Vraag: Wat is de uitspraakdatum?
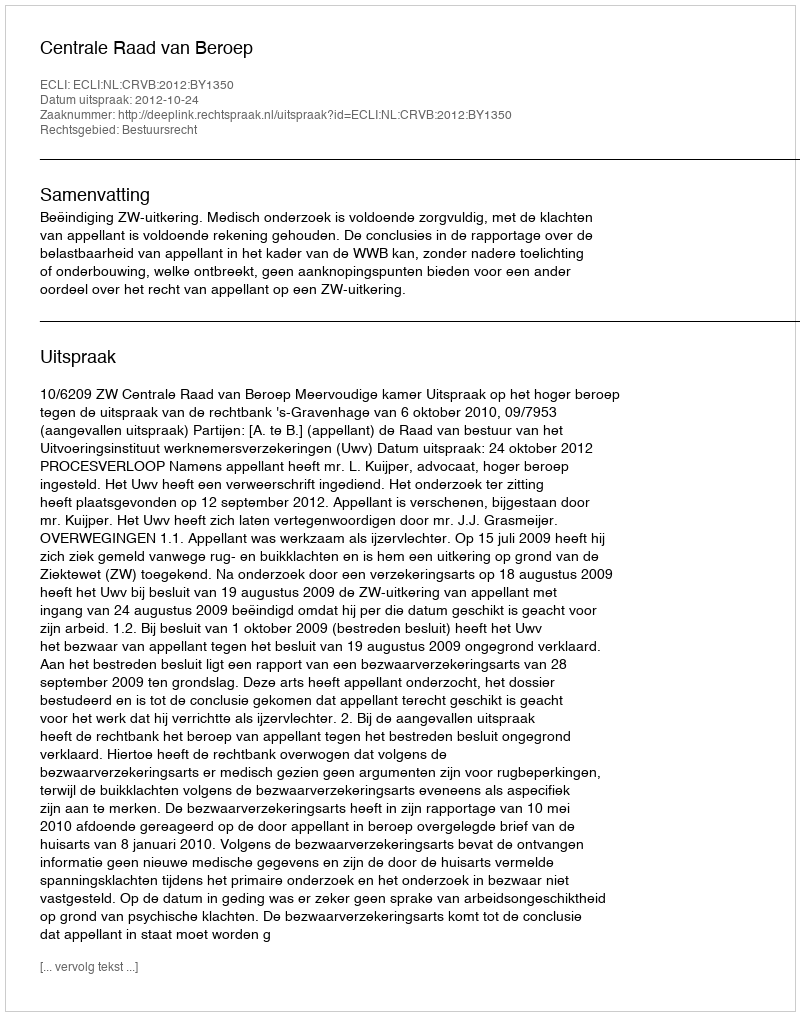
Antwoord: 2012-10-24